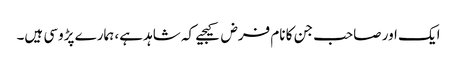
ایک اور صاحب جن کا نام فرض کیجیے کہ شاہد ہے، ہمارے پڑوسی ہیں۔